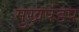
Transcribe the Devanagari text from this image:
मुखपंडप